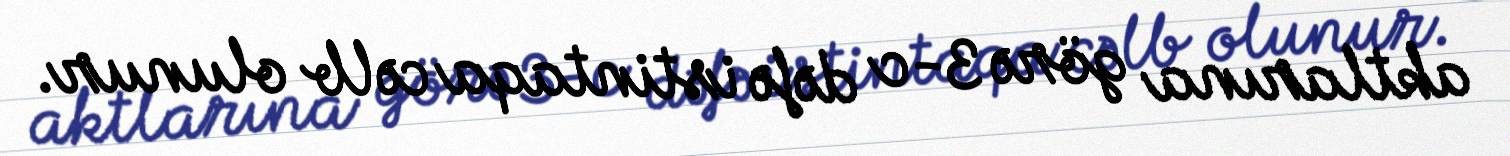
aktlarına görə 3-c dəfə istintaqa cəlb olunur.